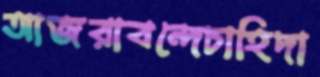
আজরাবন্দেচাহিদা